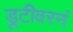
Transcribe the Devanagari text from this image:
डूटीवरनं